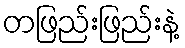
တဖြည်းဖြည်းနဲ့